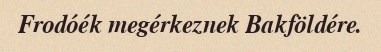
Frodóék megérkeznek Bakföldére.